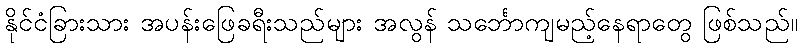
နိုင်ငံခြားသား အပန်းဖြေခရီးသည်များ အလွန် သင်္ဘောကျမည့်နေရာတွေ ဖြစ်သည်။